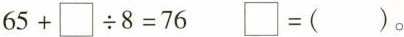
$$6 5 + \Box \div 8 = 7 6$$ $$\Box = ( )$$